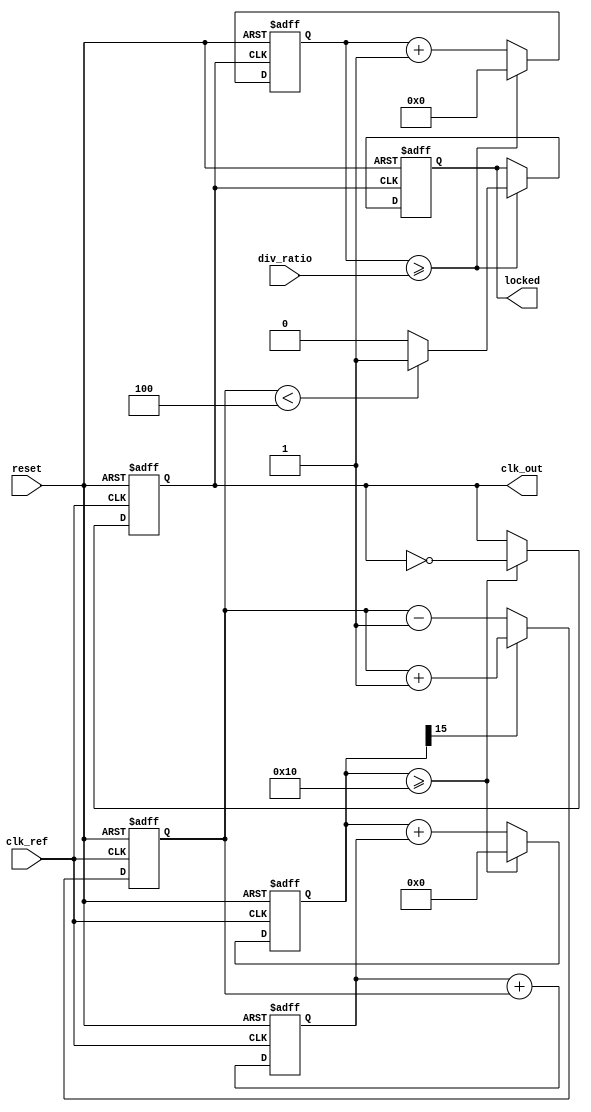
module high_performance_pll (
    input wire clk_ref,          // Input reference clock
    input wire reset,            // Reset signal
    input wire [3:0] div_ratio,  // Division ratio for feedback
    output reg clk_out,          // Output clock
    output reg locked            // Lock status
);

// Parameters
parameter N = 16; // VCO frequency multiplier
parameter LOCK_THRESHOLD = 4; // Threshold for lock detection

// Internal signals
reg [N-1:0] vco_counter;     // VCO counter
reg [3:0] phase_error;        // Phase error signal
reg [3:0] control_voltage;    // Control voltage for VCO
reg [3:0] feedback_counter;   // Feedback counter
reg [3:0] phase_detector;     // Phase detector output

// Phase Detector (PD)
always @(posedge clk_ref or posedge reset) begin
    if (reset) begin
        phase_detector <= 0;
    end else begin
        // Simple phase comparison logic (leading/lagging detection)
        if (vco_counter[N-1] == 1'b1) begin
            phase_detector <= phase_detector + 1; // Output leading
        end else begin
            phase_detector <= phase_detector - 1; // Output lagging
        end
    end
end

// Loop Filter (LF)
always @(posedge clk_ref or posedge reset) begin
    if (reset) begin
        control_voltage <= 0;
    end else begin
        // Simple low-pass filter to smooth phase error
        control_voltage <= control_voltage + phase_detector;
    end
end

// Voltage-Controlled Oscillator (VCO)
always @(posedge clk_ref or posedge reset) begin
    if (reset) begin
        vco_counter <= 0;
        clk_out <= 0;
    end else begin
        // VCO frequency control based on control voltage
        vco_counter <= vco_counter + control_voltage;
        if (vco_counter >= N) begin
            clk_out <= ~clk_out; // Toggle output clock
            vco_counter <= 0; // Reset counter
        end
    end
end

// Divider
always @(posedge clk_out or posedge reset) begin
    if (reset) begin
        feedback_counter <= 0;
        locked <= 0;
    end else begin
        feedback_counter <= feedback_counter + 1;
        if (feedback_counter >= div_ratio) begin
            feedback_counter <= 0;
            // Check lock condition
            if (phase_detector < LOCK_THRESHOLD) begin
                locked <= 1; // PLL is locked
            end else begin
                locked <= 0; // PLL is not locked
            end
        end
    end
end

endmodule